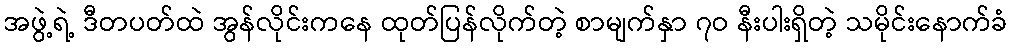
အဖွဲ့ရဲ့ ဒီတပတ်ထဲ အွန်လိုင်းကနေ ထုတ်ပြန်လိုက်တဲ့ စာမျက်နှာ ၇ဝ နီးပါးရှိတဲ့ သမိုင်းနောက်ခံ